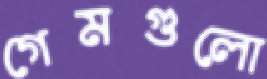
গেমগুলো